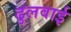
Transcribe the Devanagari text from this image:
ढुलवाई